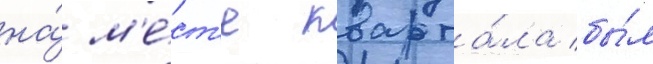
на́ м'е́ст'е кварта́ла бы́л